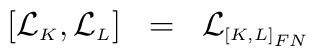
[{\cal L}_{\scriptscriptstyle K},{\cal L}_{\scriptscriptstyle L}] \;\; = \;\;{\cal L}_{\scriptscriptstyle[K,L]_{FN}}